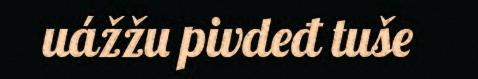
uážžu pivdeđ tuše